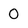
Character: 0